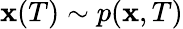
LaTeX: \mathbf{x}(T)\sim p(\mathbf{x},T)